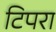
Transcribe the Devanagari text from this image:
टिपरा